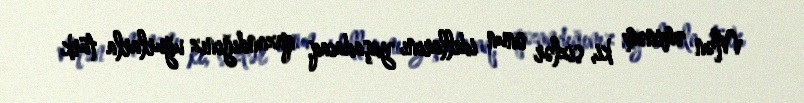
Mən əminəm ki, sizlər onun idellarını yaşadacaq, qazandığınız uğurlarla türk